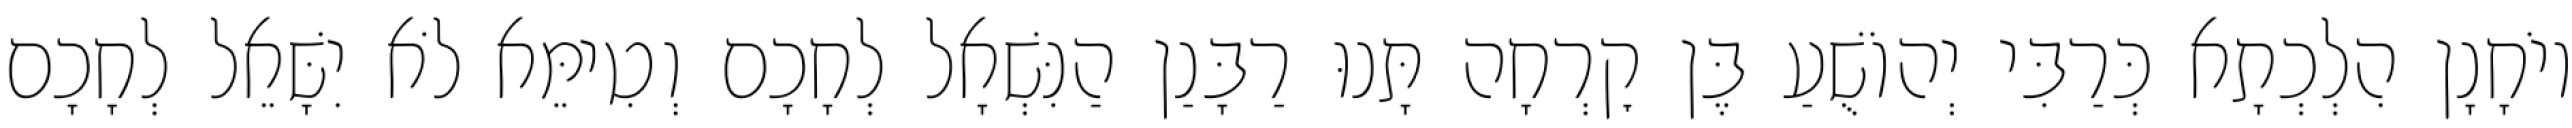
יוֹחָנָן הִלְכְתָא כְּרַבִּי יְהוֹשֻׁעַ בֶּן קׇרְחָה תָּנוּ רַבָּנַן הַנִּשְׁאָל לְחָכָם וְטִימֵּא לֹא יִשָּׁאֵל לְחָכָם